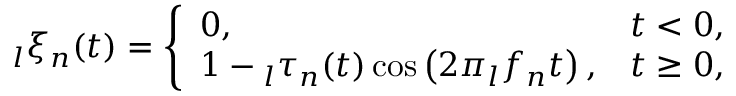
\phantom { } _ { l } \xi _ { n } ( t ) = \left\{ \begin{array} { l l } { 0 , } & { t < 0 , } \\ { 1 - \phantom { } _ { l } \tau _ { n } ( t ) \cos \left( 2 \pi \phantom { } _ { l } f _ { n } t \right) , } & { t \geq 0 , } \end{array} \right.